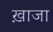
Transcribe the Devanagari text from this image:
ख़ाजा